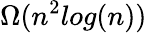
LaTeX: \Omega(n^{2}log(n))